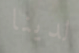
لدينا